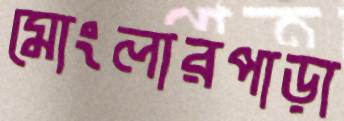
মোংলারপাড়া